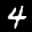
Label: 4